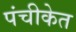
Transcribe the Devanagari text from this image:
पंचीकेत